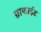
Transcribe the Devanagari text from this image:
ग्राफाईट